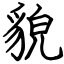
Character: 貌